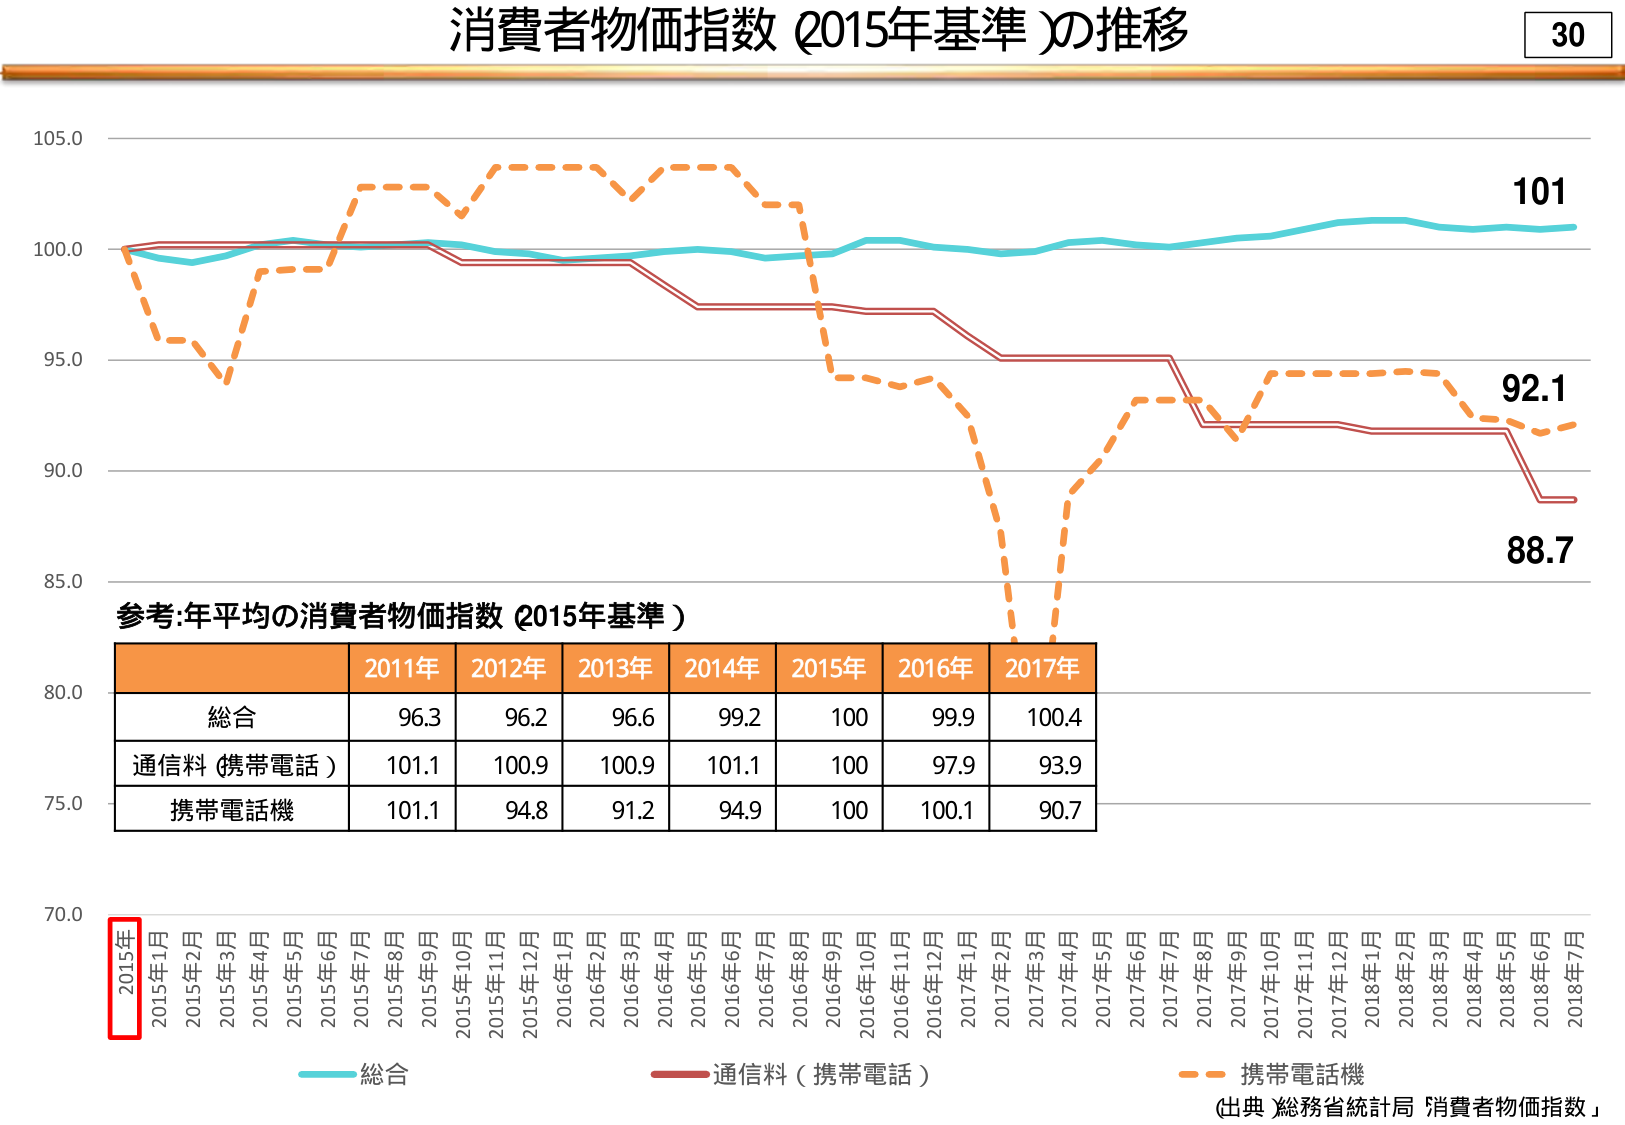
消費者物価指数（2015年基準）の推移

30

105.0
100.0
95.0
90.0
85.0
80.0
75.0
70.0

参考：年平均の消費者物価指数（2015年基準）

2011年 2012年 2013年 2014年 2015年 2016年 2017年
総合 96.3 96.2 96.6 99.2 100 99.9 100.4
通信料（携帯電話） 101.1 100.9 100.9 101.1 100 97.9 93.9
携帯電話機 101.1 94.8 91.2 94.9 100 100.1 90.7

2015年1月 2015年2月 2015年3月 2015年4月 2015年5月 2015年6月 2015年7月 2015年8月 2015年9月 2015年10月 2015年11月 2015年12月 2016年1月 2016年2月 2016年3月 2016年4月 2016年5月 2016年6月 2016年7月 2016年8月 2016年9月 2016年10月 2016年11月 2016年12月 2017年1月 2017年2月 2017年3月 2017年4月 2017年5月 2017年6月 2017年7月 2017年8月 2017年9月 2017年10月 2017年11月 2017年12月 2018年1月 2018年2月 2018年3月 2018年4月 2018年5月 2018年6月 2018年7月

総合
通信料（携帯電話）
携帯電話機

101
92.1
88.7

（出典 総務省統計局「消費者物価指数」）